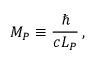
M _ { P } \equiv \frac { \hbar } { c L _ { P } } \, ,